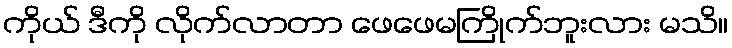
ကိုယ် ဒီကို လိုက်လာတာ ဖေဖေမကြိုက်ဘူးလား မသိ။